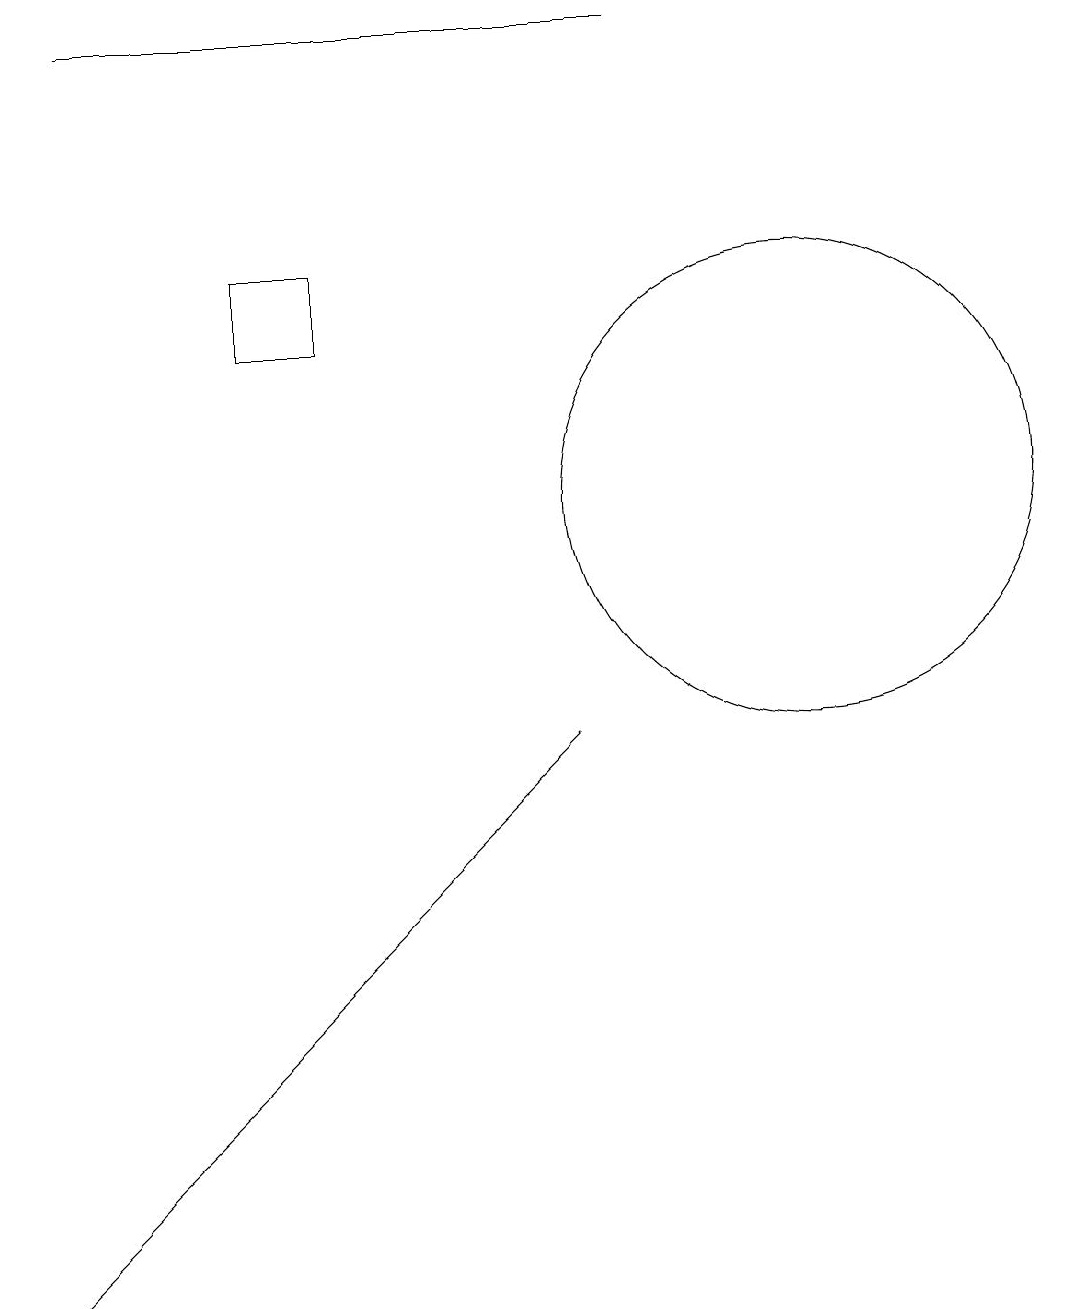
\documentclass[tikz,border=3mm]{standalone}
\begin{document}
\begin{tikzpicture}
\draw (10,10) circle (3);
\draw (4,12) rectangle (3,13);
\draw (1,1) -- (0,0) -- (7,7) -- cycle;
\draw (8,16) rectangle (1,16);
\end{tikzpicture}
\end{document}